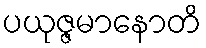
ပယုဇ္ဇမာနောတိ